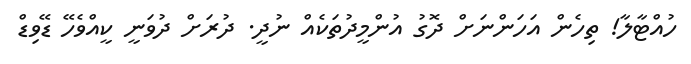
ހުއްޓާލާ! ތިހެން އަހަންނަށް ދޮގު އުންމީދުތަކެއް ނުދީ. ދުރަށް ދުވަނީ ކީއްވެހޭ ޑޭވިޑް